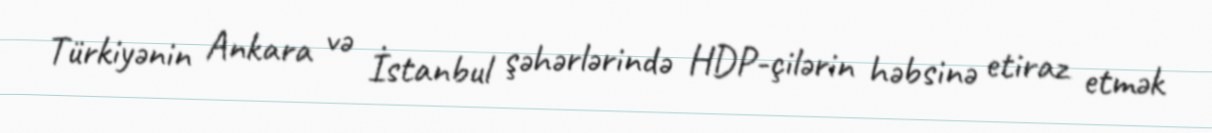
Türkiyənin Ankara və İstanbul şəhərlərində HDP-çilərin həbsinə etiraz etmək